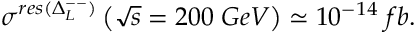
\sigma ^ { r e s ( \Delta _ { L } ^ { -- } ) } \left( \sqrt { s } = 2 0 0 \; G e V \right) \simeq 1 0 ^ { - 1 4 } \; f b .